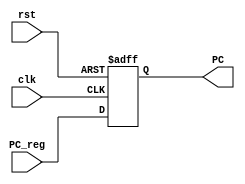
module PC #(parameter PC_Size = 32) (
    output reg [PC_Size-1:0] PC,
    input wire [PC_Size-1:0] PC_reg,
    input wire clk,rst
);
    
always @(posedge clk, negedge rst) begin
    if (!rst) begin
         PC <= 32'b0;
    end
    else PC <= PC_reg;
end
endmodule